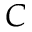
C